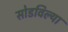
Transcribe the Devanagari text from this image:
सोडविल्या